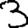
Digit: 3